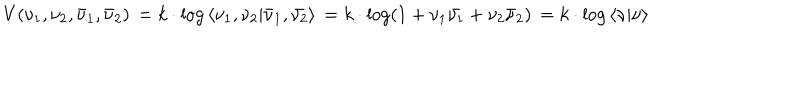
V ( \nu _ { 1 } , \nu _ { 2 } , { \bar { \nu } _ { 1 } } , { \bar { \nu } _ { 2 } } ) \nonumber \, = k \cdot \log { \langle { \nu _ { 1 } } , { \nu _ { 2 } } \vert { \bar { \nu } _ { 1 } } , { \bar { \nu _ { 2 } } } \rangle } \nonumber \, = k \cdot \log ( 1 + { \nu _ { 1 } } { \bar { \nu _ { 1 } } } + { \nu _ { 2 } } { \bar { \nu } _ { 2 } } ) \nonumber \, = k \cdot \log { \langle \nu \vert \nu \rangle }